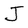
Character: J